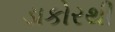
ડાકોરથી